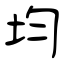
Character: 均